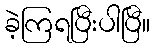
ခဲ့ကြရပြီးပါပြီ။